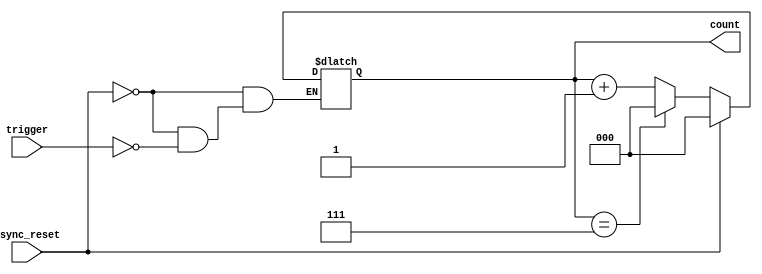
module mod_n_async_counter (
    input wire trigger,        // Trigger signal to increment the counter
    input wire async_reset,    // Asynchronous reset signal
    output reg [2:0] count     // 3-bit output count for Mod-8 (0 to 7)
);

    // Always block for asynchronous reset and counting
    always @(*) begin
        if (async_reset) begin
            count = 3'b000;    // Reset count to 0
        end else if (trigger) begin
            if (count == 3'b111) begin
                count = 3'b000; // Reset to 0 after reaching 7
            end else begin
                count = count + 1; // Increment count
            end
        end
    end

endmodule